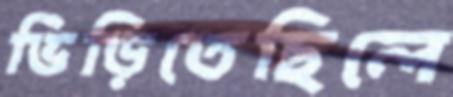
ভিড়িতেছিলে